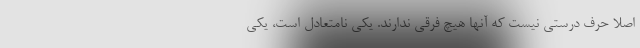
اصلا حرف درستی نیست که آنها هیچ فرقی ندارند. یکی نامتعادل است، یکی